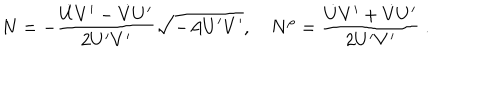
N = - \frac { \dot { U } V ^ { \prime } - \dot { V } U ^ { \prime } } { 2 U ^ { \prime } V ^ { \prime } } \sqrt { - A U ^ { \prime } V ^ { \prime } } , \quad N ^ { \rho } = \frac { \dot { U } V ^ { \prime } + \dot { V } U ^ { \prime } } { 2 U ^ { \prime } V ^ { \prime } } \ .